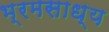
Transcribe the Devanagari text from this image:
भ्रमसाध्य